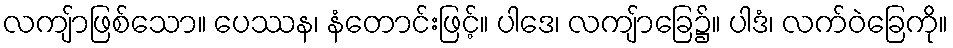
လကျ်ာဖြစ်သော။ ပေဿန၊ နံတောင်းဖြင့်။ ပါဒေ၊ လကျ်ာခြေ၌။ ပါဒံ၊ လက်ဝဲခြေကို။